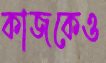
কাজকেও